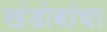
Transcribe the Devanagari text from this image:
खंडोबांचा